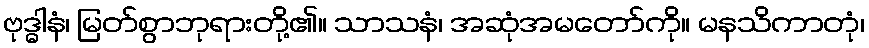
ဗုဒ္ဓါနံ၊ မြတ်စွာဘုရားတို့၏။ သာသနံ၊ အဆုံအမတော်ကို။ မနသိကာတုံ၊